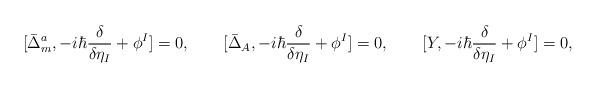
\begin{align*}[ \bar{\Delta}_m^a, - i \hbar \frac{\delta}{\delta \eta_I} + \phi^I ] = 0,\qquad[ \bar{\Delta}_A, - i \hbar \frac{\delta}{\delta \eta_I} + \phi^I ] = 0,\qquad[ Y, - i \hbar \frac{\delta}{\delta \eta_I} + \phi^I ] = 0,\end{align*}